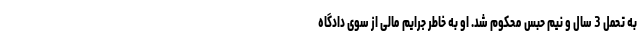
به تحمل 3 سال و نیم حبس محکوم شد. او به خاطر جرایم مالی از سوی دادگاه